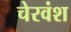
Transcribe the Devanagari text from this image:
चेरवंश